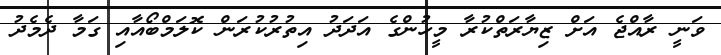
ވަނީ ރާއްޖެ އަށް ޒިޔާރަތްކުރާ މީހުންގެ އަދަދު އިތުރުކުރަން ކޮލަމްބޯއާއި ގަމާ ދެމެދު